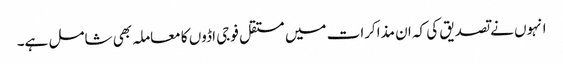
انہوں نے تصدیق کی کہ ان مذاکرات میں مستقل فوجی اڈوں کا معاملہ بھی شامل ہے۔